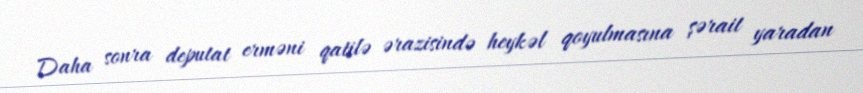
Daha sonra deputat erməni qatilə ərazisində heykəl qoyulmasına şərait yaradan